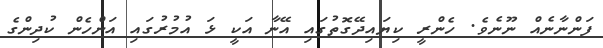
ފަންނާނެއް ނޫނެވެ. ހެންރީ ކިޔައިދޭގޮތުގައި އޭނާ އަކީ ޅަ އުމުރުގައި އަންހެން ކުދިންގެ